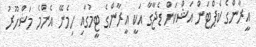
އީރާންގެ ކެޕްޓަން އަޝްކަން ޑެޖާގާ އަކީ އީރާންގެ ޓީމުގައި ހިމެނޭ އެންމެ މަޝްހޫރު